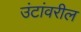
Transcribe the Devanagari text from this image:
उंटांवरील